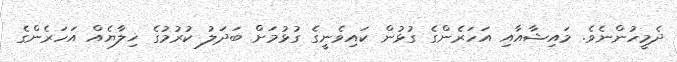
ދެމީހުންނެވެ. މައިޝާއާއި އަހަރެންގެ ގުޅުން ކައިވެނީގެ ގުޅުމަށް ބަދަލު ކުރުމުގެ ޚިލާޔެއް އަހަރެންގެ